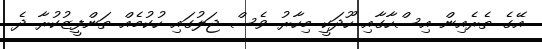
އޭގެ ތެރެއިން އިސްހާގާއި ހޫދަކީ މިހާރު ވެސް ޖަލުގައި ހުކުމެއް ތަންފީޒުކުރާ ދެ